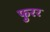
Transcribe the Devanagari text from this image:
फुरर